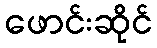
ဖောင်းဆိုင်